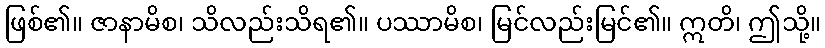
ဖြစ်၏။ ဇာနာမိစ၊ သိလည်းသိရ၏။ ပဿာမိစ၊ မြင်လည်းမြင်၏။ ဣတိ၊ ဤသို့။